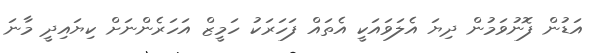
އަޑުން ފޮނުވަމުން ދިޔަ އެލަވައަކީ އެތައް ފަހަރަކު ހަމީޒް އަހަރެންނަށް ކިޔައިދީ މާނަ